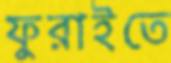
ফুরাইতে